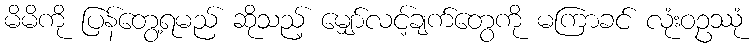
မိမိကို ပြန်တွေ့ရမည် ဆိုသည့် မျှော်လင့်ချက်တွေကို မကြာခင် လုံးဝဥဿုံ